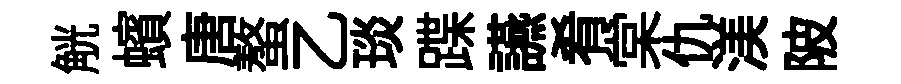
觥蠙唐螯乙琰蹀讌肴棠仇渼陂